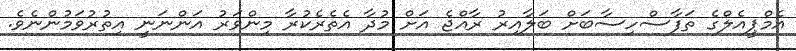
އެމްޕީއެލްގެ ތަފާސްހިސާބަށް ބަލާއިރު ރާއްޖެ އަށް މުދާ އެތެރެކުރާ މިންވަރު އަންނަނީ އިތުރުވަމުންނެވެ.